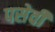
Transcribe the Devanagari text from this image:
पसेवी